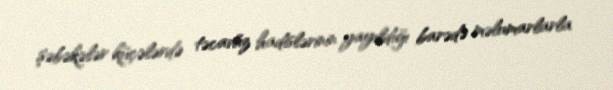
şəbəkələr küçələrdə təcavüz hadislərinin yayıldığı barədə məlumarlarla